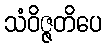
သံဝိဇ္ဇတိပေ